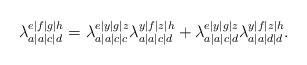
LaTeX: \begin{align*}\lambda_{a|a|c|d}^{e|f|g|h} = \lambda_{a|a|c|c}^{e|y|g|z} \lambda_{a|a|c|d}^{y|f|z|h} + \lambda_{a|a|c|d}^{e|y|g|z} \lambda_{a|a|d|d}^{y|f|z|h}.\end{align*}